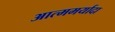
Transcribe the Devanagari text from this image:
आत्ममर्यादा